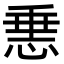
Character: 𢛲